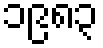
၁၉၈၃